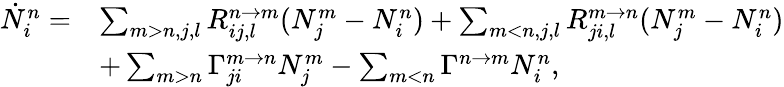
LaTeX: \begin{array}{rl}{\dot{N}_{i}^{n}=}&{\sum_{m>n,j,l}R_{ij,l}^{n\rightarrow m}(N_{j}^{m}-N_{i}^{n})+\sum_{m<n,j,l}R_{ji,l}^{m\rightarrow n}(N_{j}^{m}-N_{i}^{n})}\\ &{+\sum_{m>n}\Gamma_{ji}^{m\rightarrow n}N_{j}^{m}-\sum_{m<n}\Gamma^{n\rightarrow m}N_{i}^{n},}\end{array}